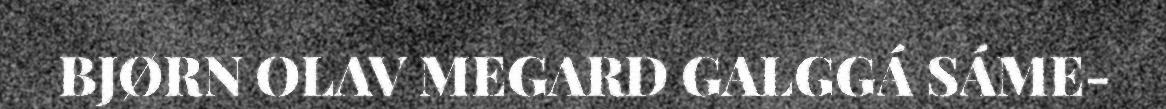
BJØRN OLAV MEGARD GALGGÁ SÁME-